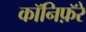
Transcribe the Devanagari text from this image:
कॉनिफ़ॅरे